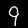
Label: 9